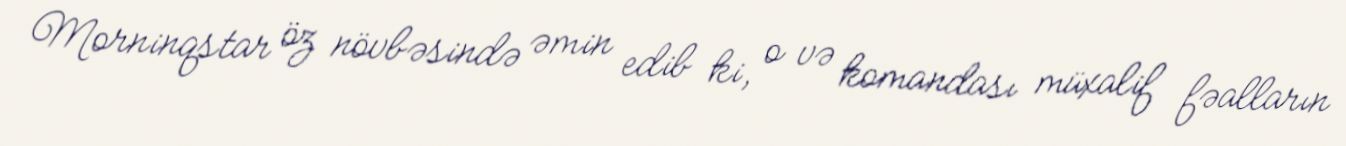
Morninqstar öz növbəsində əmin edib ki, o və komandası müxalif fəalların